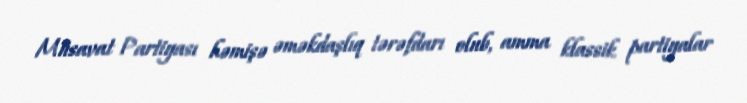
Müsavat Partiyası həmişə əməkdaşlıq tərəfdarı olub, amma klassik partiyalar